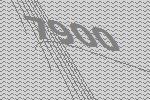
7900